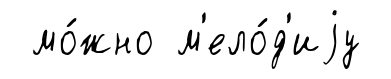
мо́жно м'ело́д'иjу